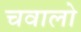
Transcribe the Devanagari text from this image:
चवालो